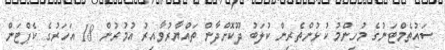
ސައުތެމްޓަނުގެ މުހިންމު ކުޅުންތެރިން ކުލަބު ދޫކޮށްދާން ތައްޔާރުވާއިރު އުމުރުން 18 އަހަރުގެ ކެޕްޓަން